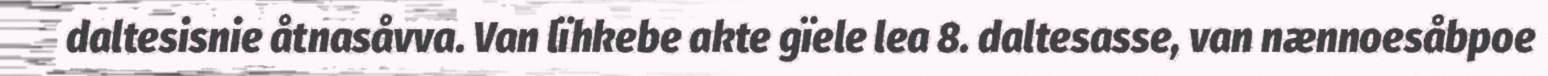
daltesisnie åtnasåvva. Van lïhkebe akte gïele lea 8. daltesasse, van nænnoesåbpoe